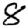
Digit: 8